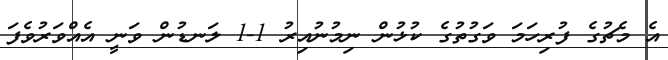
އެ މެޗުގެ ފުރިހަމަ ވަގުތުގެ ކުޅުން ނިމުނުއިރު 1-1 ލަނޑުން ވަނީ އެއްވަރުވެފަ